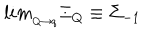
l i m _ { _ { Q \rightarrow q } } \Xi _ { Q } \equiv \Sigma _ { - 1 }